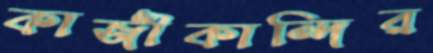
কাজীকান্দির